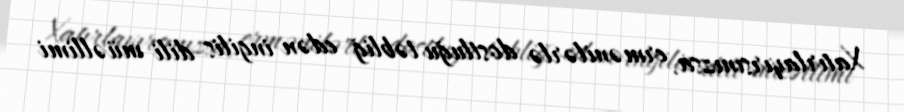
Xatırlayırsınızsa, ermənilərlə dostluğu təbliğ edən ingilis dili müəllimi